Mediterranean fever in India - Number 22
Disease focus: Fever
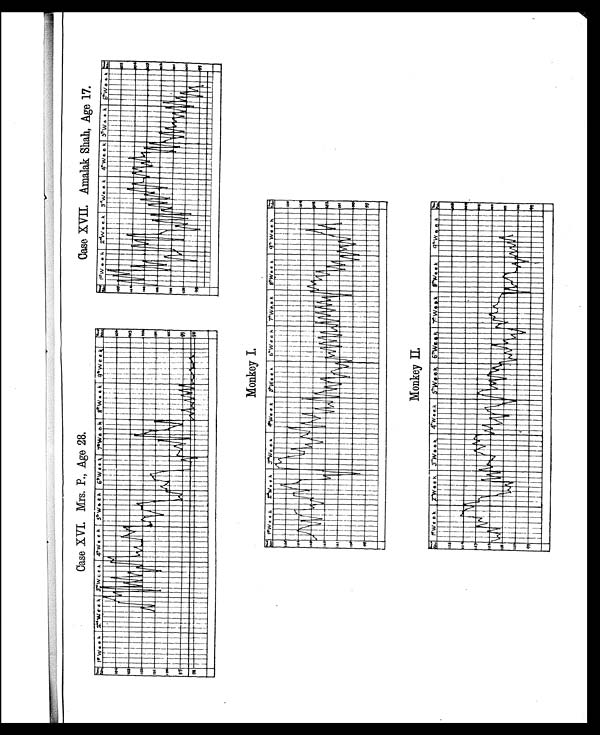
Case XVI Mrs. P., Age 28.
Case XVII. Amalak Shah, Age 17 .
Monkey I.
Monkey II.